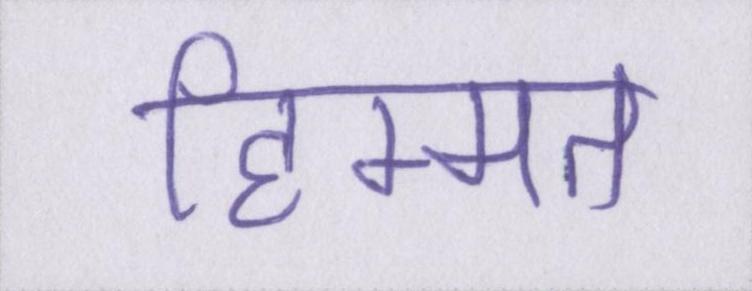
हिम्मत